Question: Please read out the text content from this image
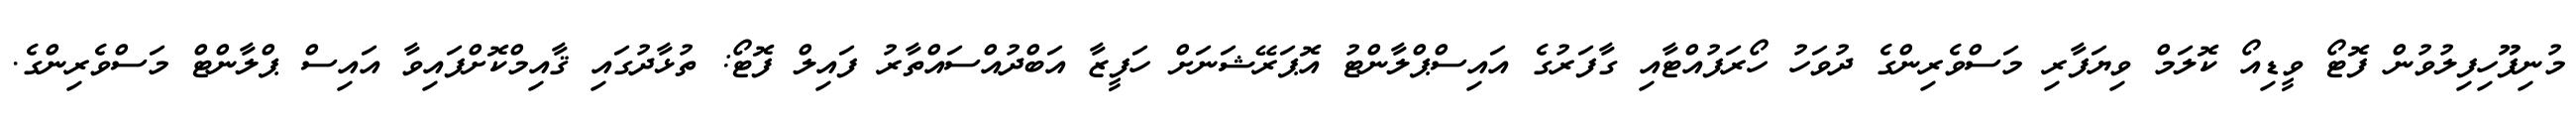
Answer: މުނިފޫހިފިލުވުން ފޮޓޯ ވީޑިއޯ ކޮލަމް ވިޔަފާރި މަސްވެރިންގެ ދުވަހު ހޯރަފުއްޓާއި ގާފަރުގެ އައިސްޕްލާންޓު އޮޕަރޭޝަނަށް ހަފީޒާ އަބްދުއްސައްތާރު ފައިލް ފޮޓޯ: ތުޅާދުގައި ޤާއިމްކޮށްފައިވާ އައިސް ޕްލާންޓް މަސްވެރިންގެ.